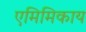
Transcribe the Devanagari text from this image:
एमिमिकाय